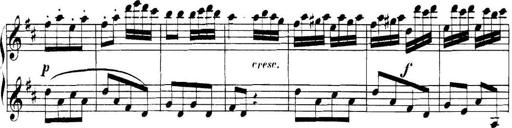
Title: Collected Piano Sonatas
Composer: Muzio Clementi